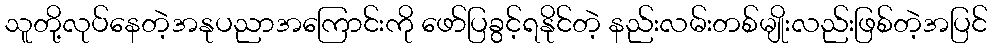
သူတို့လုပ်နေတဲ့အနုပညာအကြောင်းကို ဖော်ပြခွင့်ရနိုင်တဲ့ နည်းလမ်းတစ်မျိုးလည်းဖြစ်တဲ့အပြင်